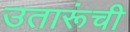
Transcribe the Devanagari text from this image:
उतारूंची